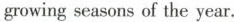
growingseasons of the year.